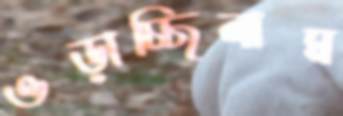
ওড়াচ্ছিলাম